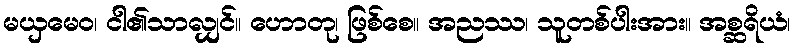
မယှမေဝ၊ ငါ၏သာလျှင်။ ဟောတု၊ ဖြစ်စေ။ အညဿ၊ သူတစ်ပါးအား။ အစ္ဆရိယံ၊